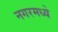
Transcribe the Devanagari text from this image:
नगरमध्ये